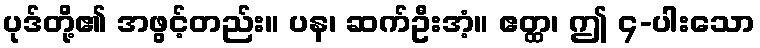
ပုဒ်တို့၏ အဖွင့်တည်း။ ပန၊ ဆက်ဦးအံ့။ ဧတ္ထ၊ ဤ ၄-ပါးသော